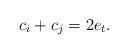
LaTeX: \begin{align*}c_i+c_j=2e_t.\end{align*}